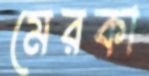
মেরকা